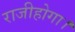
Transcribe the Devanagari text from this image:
राजीहोगा।